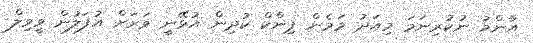
އާންމު ނުކުރިނަމަ މިއަދު މަމެން ޕިންކް ކުދިން އުޅޭނީ ވަރަށް އުފަލުން ވީވިލް